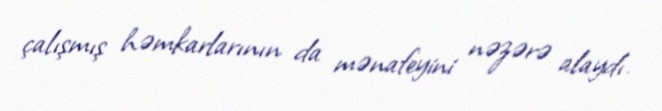
çalışmış həmkarlarının da mənafeyini nəzərə alaydı.